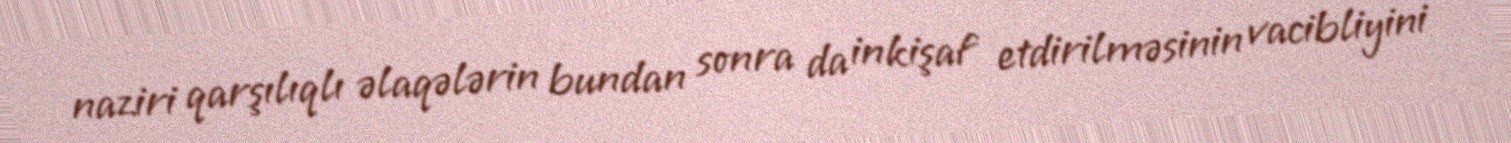
naziri qarşılıqlı əlaqələrin bundan sonra da inkişaf etdirilməsinin vacibliyini